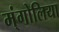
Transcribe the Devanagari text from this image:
म्ंगोलिया